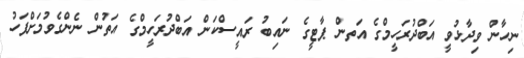
ނިހާން ވިދާޅުވީ އަބްދުރަހީމްގެ އަތން ޕާޓީގެ ނައިބު ރައީސްކަން އަބްދުރަހީމްގެ އަތުން ނެންގެވުމަށްފަހު